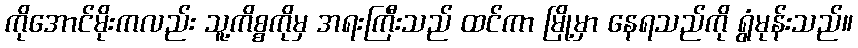
ကိုအောင်မိုးကလည်း သူ့ကိစ္စကိုမှ အရးကြီးသည် ထင်ကာ မြို့မှာ နေရသည်ကို ရွံမုန်းသည်။